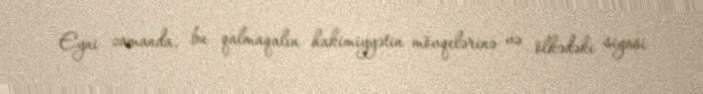
Eyni zamanda, bu qalmaqalın hakimiyyətin mövqelərinə və ölkədəki siyasi